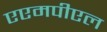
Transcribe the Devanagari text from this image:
एएमपीएल